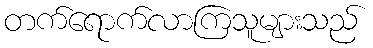
တက်ရောက်လာကြသူများသည်